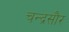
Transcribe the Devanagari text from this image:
चन्द्रसौर